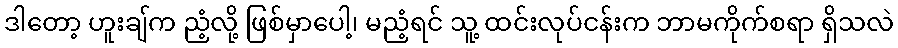
ဒါတော့ ဟူးချ်က ညံ့လို့ ဖြစ်မှာပေါ့၊ မညံ့ရင် သူ့ ထင်းလုပ်ငန်းက ဘာမကိုက်စရာ ရှိသလဲ